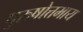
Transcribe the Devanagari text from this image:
पुरुषोत्तमाय